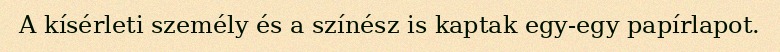
A kísérleti személy és a színész is kaptak egy-egy papírlapot.